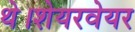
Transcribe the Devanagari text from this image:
थे।शेयरवेयर